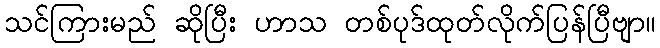
သင်ကြားမည် ဆိုပြီး ဟာသ တစ်ပုဒ်ထုတ်လိုက်ပြန်ပြီဗျာ။